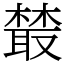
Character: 樷